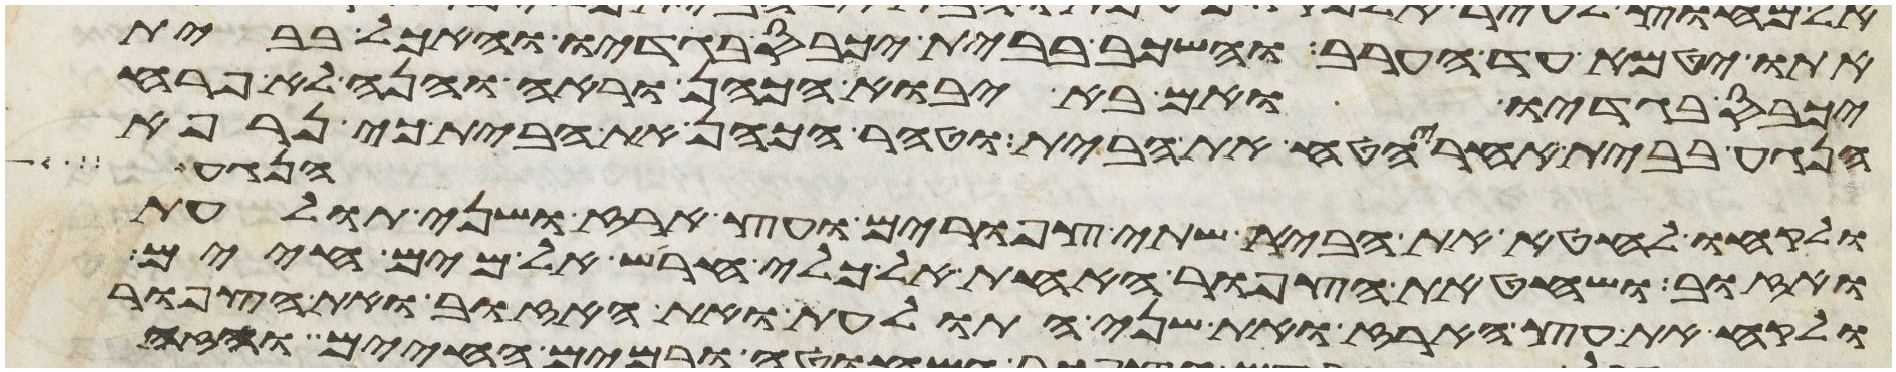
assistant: אתו יטמא עד הערב והשכב בבית יכבס בגדיו והאכל בבית
יכבס בגדיו ואם בא יבוא הכהן וראה והנה לא פרח
הנגע בבית אחרי הטח את הבית וטהר הכהן את הבית כי נרפא
הנגע
ולקחו לחטא את הבית שתי צפורים ועץ ארז ושני תולעת
ואזוב ושחט את הצפור האחת אל כלי חרש על מים חיים
ולקח את עץ הארז ואת שני התולעת ואת האזוב ואת הצפור